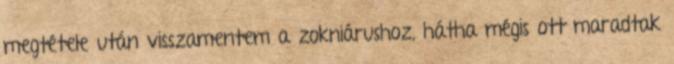
megtétele után visszamentem a zokniárushoz, hátha mégis ott maradtak